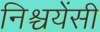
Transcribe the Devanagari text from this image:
निश्चयेंसी